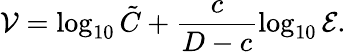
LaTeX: \mathcal V=\log_{10}\tilde{C}+\frac{c}{D-c}\log_{10}\mathcal E.